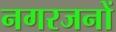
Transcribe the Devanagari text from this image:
नगरजनों